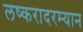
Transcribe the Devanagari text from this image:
लष्करादरम्यान